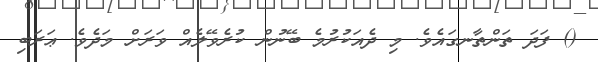
() ފަދަ ތަންތާނގައެވެ. މި ދެއަކުރުމެ ބޭނުން ކުރެވޭލެއް ވަރަށް މަދެވެ. ޢަރަބި